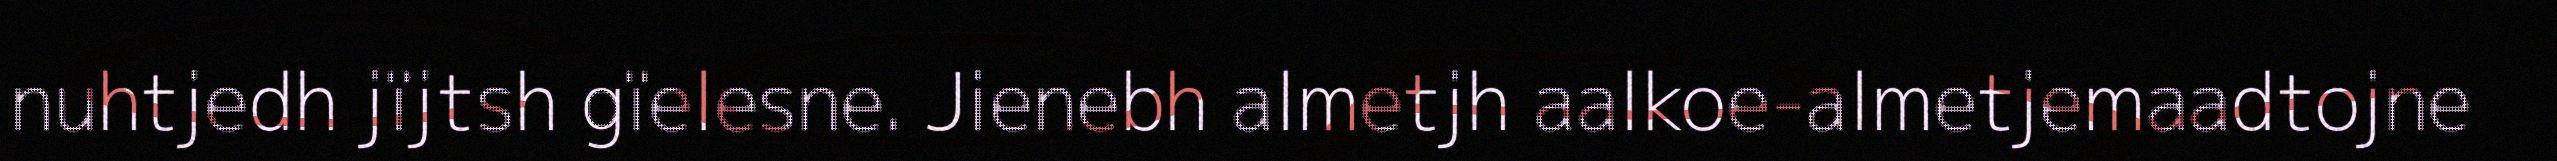
nuhtjedh jïjtsh gïelesne. Jienebh almetjh aalkoe-almetjemaadtojne